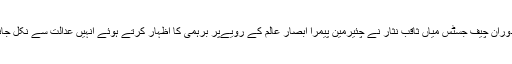
کیس کی سماعت کے دوران چیف جسٹس میاں ثاقب نثار نے چئیرمین پیمرا ابصار عالم کے رویےپر برہمی کا اظہار کرتے ہوئے انہیں عدالت سے نکل جانے کا حکم دے دیا تھا۔